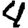
Digit: 4